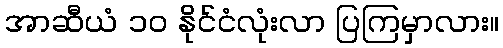
အာဆီယံ ၁၀ နိုင်ငံလုံးလာ ပြကြမှာလား။